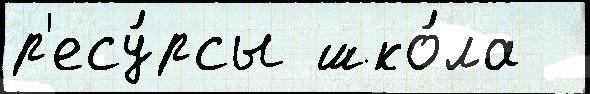
р'есу́рсы шко́ла